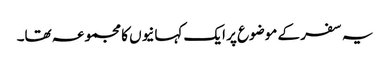
یہ سفر کے موضوع پر ایک کہانیوں کا مجموعہ تھا۔